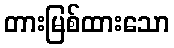
တားမြစ်ထားသော